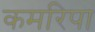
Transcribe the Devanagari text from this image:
कमरिपा